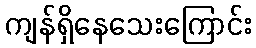
ကျန်ရှိနေသေးကြောင်း